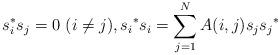
LaTeX: \begin{align*} s_i^*s_j = 0~(i\neq j), {s_i}^*s_i = \sum_{j=1}^{N} A(i,j) s_j{s_j}^*\end{align*}